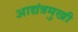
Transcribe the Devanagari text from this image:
आद्यंत्रमुखी